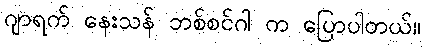
ဂျာရက် နေးသန် ဘစ်စင်ဂါ က ပြောပါတယ်။